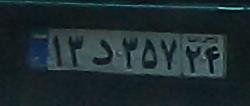
۱۳د۳۵۷۲۴